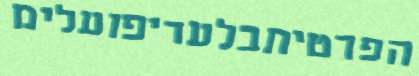
הפרטיתבלעדיפועלימ